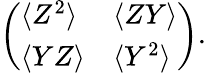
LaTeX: \left(\begin{array}{ll}{\langle Z^{2}\rangle}&{\langle ZY\rangle}\\ {\langle YZ\rangle}&{\langle Y^{2}\rangle}\end{array}\right).